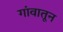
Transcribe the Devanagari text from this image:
गांवातून